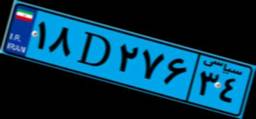
۱۸D۲۷۶۳۴